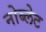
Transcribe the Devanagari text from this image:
नोब्लेट